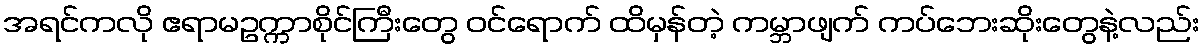
အရင်ကလို ဧရာမဥက္ကာစိုင်ကြီးတွေ ဝင်ရောက် ထိမှန်တဲ့ ကမ္ဘာဖျက် ကပ်ဘေးဆိုးတွေနဲ့လည်း